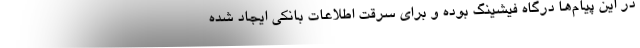
در این پیام‌ها درگاه فیشینگ بوده و برای سرقت اطلاعات بانکی ایجاد شده